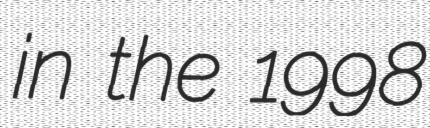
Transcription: in the 1998